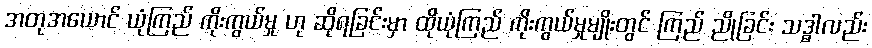
အတုအယောင် ယုံကြည် ကိုးကွယ်မှု ဟု ဆိုရခြင်းမှာ ထိုယုံကြည် ကိုးကွယ်မှုမျိုးတွင် ကြည် ညိုခြင်း သဒ္ဓါလည်း